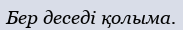
Бер деседі қолыма.